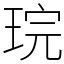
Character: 琓